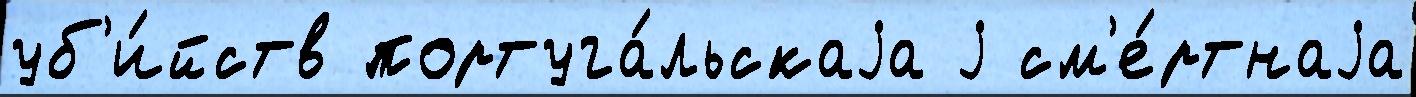
уб'и́йств португа́льскаjа j см'е́ртнаjа